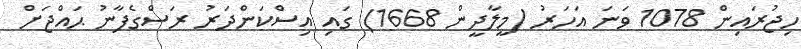
ހިޖުރައިން 1078 ވަނަ އަހަރު (މީލާދީން 1668) ގައި އިސްކަންދަރު ރަސްގެފާނު ޙައްޖަށް